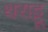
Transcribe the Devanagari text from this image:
थराट्टू